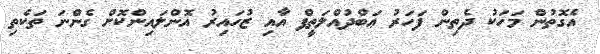
އެގޮތުން މަހަކު ދެތިން ފަހަރު ޢަބްދުއްލަތީފް އާއި ޒުހައިރު އޮންލައިންކޮށް ގެންނަ ތަކެތި